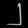
Digit: ၂